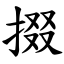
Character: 掇